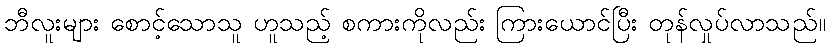
ဘီလူးများ စောင့်သောသူ ဟူသည့် စကားကိုလည်း ကြားယောင်ပြီး တုန်လှုပ်လာသည်။